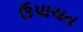
ઉપાચત